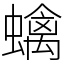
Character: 蠄